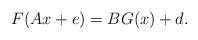
LaTeX: \begin{align*}F(Ax+e)=BG(x)+d.\end{align*}